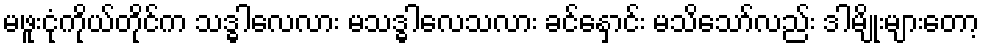
မဖူးငုံကိုယ်တိုင်က သဒ္ဓါလေလား မသဒ္ဓါလေသလား ခင်နှောင်း မသိသော်လည်း ဒါမျိုးများတော့